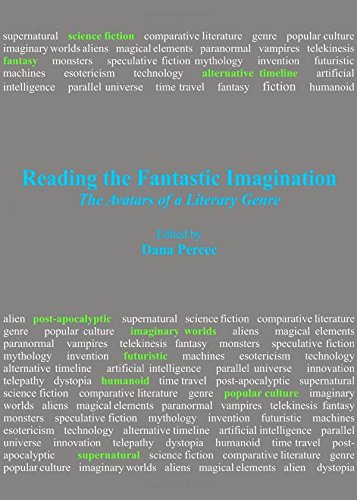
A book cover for Reading the Fantastic Imagination: The Avatars of a Literary Genre; Dana Percec; Science Fiction & Fantasy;